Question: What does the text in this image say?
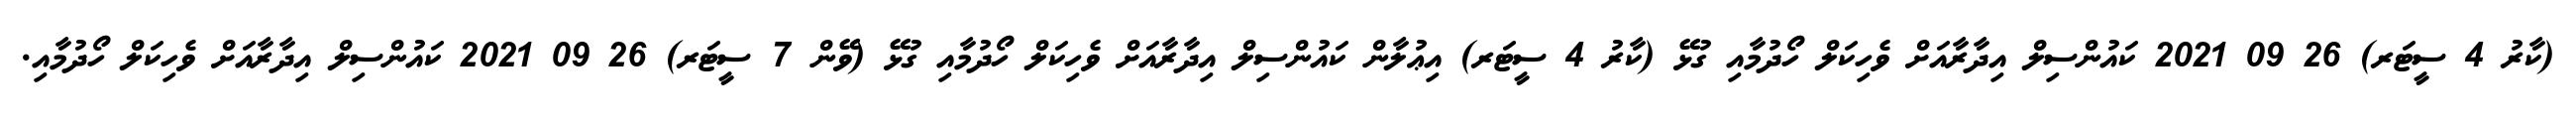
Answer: (ކާރު 4 ސީޓަރ) 26 09 2021 ކައުންސިލް އިދާރާއަށް ވެހިކަލް ހޯދުމާއި ގުޅޭ (ކާރު 4 ސީޓަރ) އިޢުލާން ކައުންސިލް އިދާރާއަށް ވެހިކަލް ހޯދުމާއި ގުޅޭ (ވޭން 7 ސީޓަރ) 26 09 2021 ކައުންސިލް އިދާރާއަށް ވެހިކަލް ހޯދުމާއި.